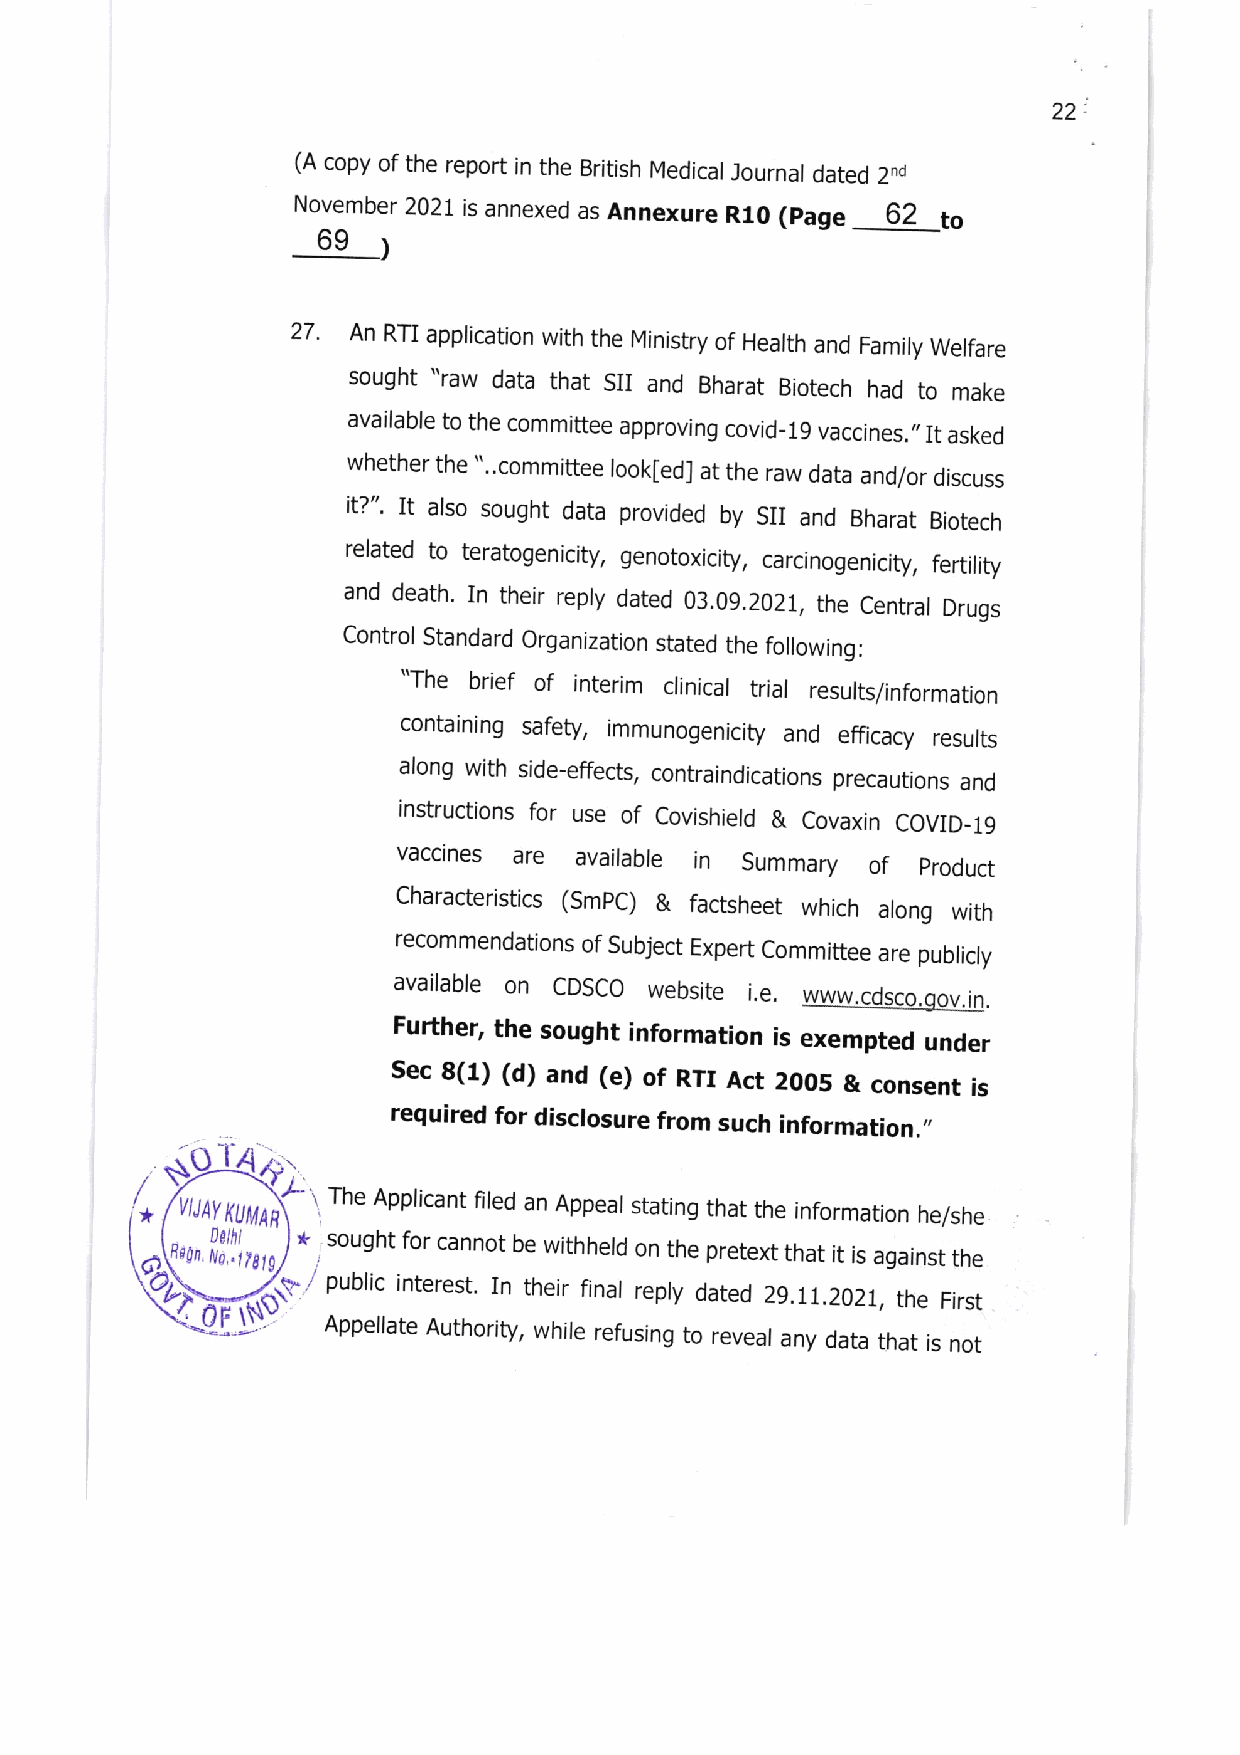
22:
 (A copy of the report in the British Medical Journal dated
 2nd
 November 2021 is annexed as Annexure R10 (page 62 to
 69
 l
 27  An RTI application with the Ministry of Health and Family Welfare
 sought "raw data that SII and Bharat Blotech had to make
 available to the committee approving covid_19 vaccines.,, It asked
 whether the "..committee look[ed] at the raw data and/or discuss
 it?". It also sought data provided by SII and Bharat Biotech
 related to teratogenicity, genotoxicity, carcinogenicity, fertility
 and death. In their reply dated 03.09.2021, the Central Drugs
 Control Standard Organization stated the following:
 "The brief of interim clinical trial results/information
 containing safety, immunogenicity and efficacy results
 along wlth side-effects, contraindications precautions
 and
 instructions for use of Covishield & Covaxin COVID_19
 vaccines are available in Summary of product
 Characteristics (SmPC) & factsheet which along with
 recommendations of Subject Expert Committee are publicly
 available on CDSCO website i.e.
 www.cdsco.qov.ln.
 Fufther, the sought information is exempted under
 Sec 8(1) (d) and (e) of RTI Act 2OO5 & consent is
 required for disclosure from such information.,,
 'i'
 ,l          r The Applicant filed an Appeal stating that the information he/she
 *
 , tto,,tlgl sought for cannot be withherd on the pretext that it is agarnst the
 ,,i public interest, In their final reply dated 29.11.2021 the First
 OF\
 Appellate Authority, while refusing to reveal any data that is not